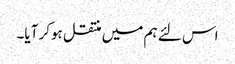
اس لئے ہم میں منتقل ہوکر آیا۔